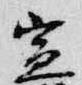
宣